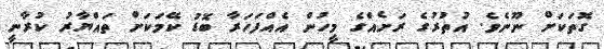
ގޮތަކަށް ނޫނެވެ. އުތުރުގެ ރަށެއްގެ މީހުން އެއްފަހަރާ ބޮޑު ކޭމަކަށް ތައްޔާރު ކުރާނީ